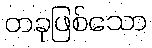
တခုဖြစ်သော